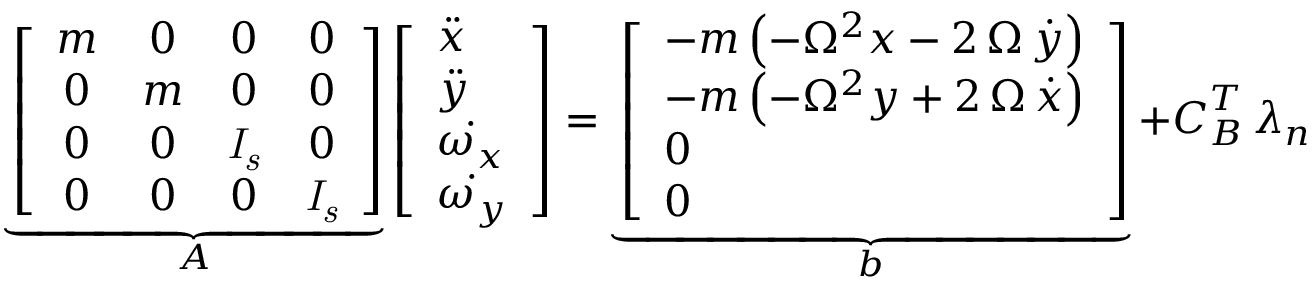
\begin{array} { r l } & { \underbrace { \left[ \begin{array} { c c c c } { m } & { 0 } & { 0 } & { 0 } \\ { 0 } & { m } & { 0 } & { 0 } \\ { 0 } & { 0 } & { { \it I _ { s } } } & { 0 } \\ { 0 } & { 0 } & { 0 } & { { \it I _ { s } } } \end{array} \right] } _ { \boldsymbol A } \left[ \begin{array} { l } { \ddot { x } } \\ { \ddot { y } } \\ { \dot { \omega _ { x } } } \\ { \dot { \omega _ { y } } } \end{array} \right] = \underbrace { \left[ \begin{array} { l } { - m \left( - { \Omega } ^ { 2 } x - 2 \, \Omega \, { \dot { y } } \right) } \\ { - m \left( - { \Omega } ^ { 2 } y + 2 \, \Omega \, { \dot { x } } \right) } \\ { 0 } \\ { 0 } \end{array} \right] } _ { \boldsymbol b } + \boldsymbol C _ { B } ^ { T } \, \boldsymbol \lambda _ { n } } \end{array}